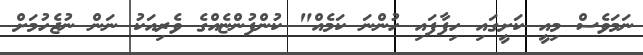
ނަމަވެސް މިއީ ކަށީގައި ހިފާފައި ހުންނަ ކަމެއް" ކުންފުންޏެއްގެ ވެރިއަކު ނަން ނުޖެހުމަށް